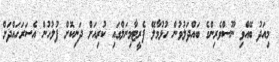
މިއަދު ބޭއްވި ނޫސްވެރިންގެ ބައްދަލުވުން ހުޅުމާލޭ ފެރީޓާމިނަލްގައި ކުރިއަށް ދަނިކޮށް ފުލުހުން އެސަރަހައްދަށް